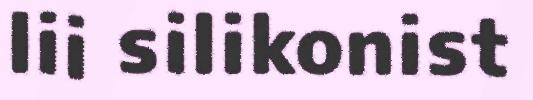
lii silikonist